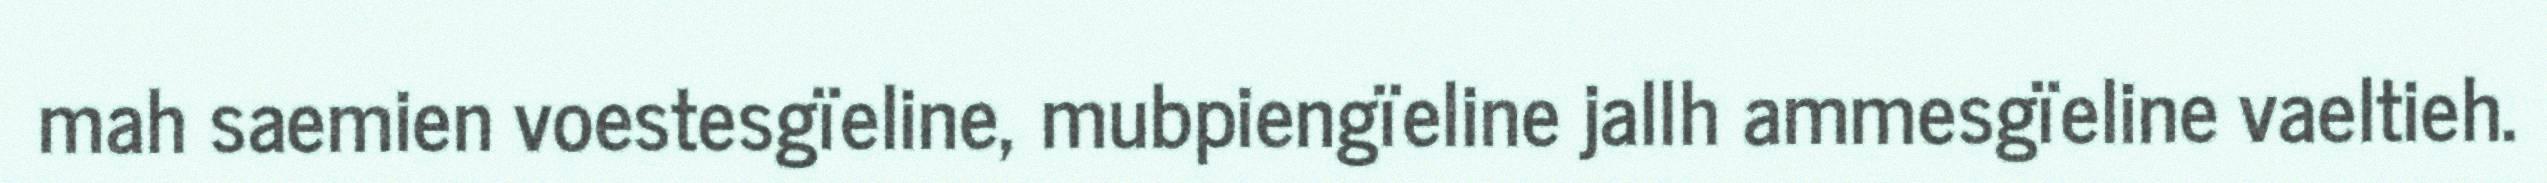
mah saemien voestesgïeline, mubpiengïeline jallh ammesgïeline vaeltieh.